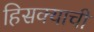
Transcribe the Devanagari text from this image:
हिसक्याची